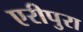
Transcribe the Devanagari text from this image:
एरीपुरा